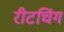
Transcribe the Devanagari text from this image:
रीटचिंग